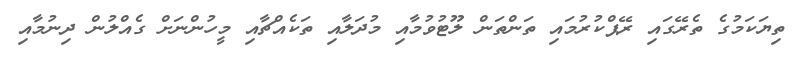
ތިޔަކަމުގެ ތެރޭގައި ރޭޕްކުރުމައި ތަންތަން ލޫޓުވުމާއި މުދަލާއި ތަކެއްޗާއި މީހުންނަށް ގެއްލުން ދިނުމާއި